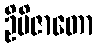
ဦမိဇာတော